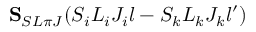
{ \bf S } _ { S L \pi J } ( S _ { i } L _ { i } J _ { i } l - S _ { k } L _ { k } J _ { k } l ^ { \prime } )